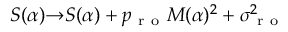
S ( \alpha ) { \rightarrow } S ( \alpha ) + p _ { \mathrm { ~ r ~ o ~ } } M ( \alpha ) ^ { 2 } + \sigma _ { \mathrm { ~ r ~ o ~ } } ^ { 2 }